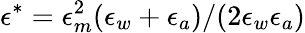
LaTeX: \epsilon^{*}=\epsilon_{m}^{2}(\epsilon_{w}+\epsilon_{a})/(2\epsilon_{w}\epsilon_{a})